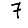
Digit: 7